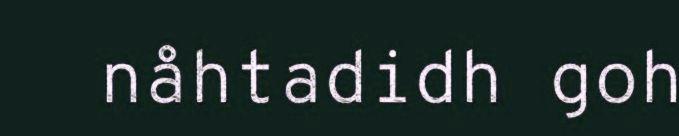
nåhtadidh goh